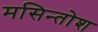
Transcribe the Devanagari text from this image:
मसिन्तोश